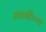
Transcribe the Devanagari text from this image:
सप्तर्षींच्या